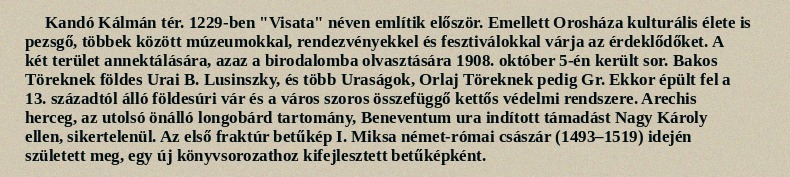
Kandó Kálmán tér. 1229-ben "Visata" néven említik először. Emellett Orosháza kulturális élete is pezsgő, többek között múzeumokkal, rendezvényekkel és fesztiválokkal várja az érdeklődőket. A két terület annektálására, azaz a birodalomba olvasztására 1908. október 5-én került sor. Bakos Töreknek földes Urai B. Lusinszky, és több Uraságok, Orlaj Töreknek pedig Gr. Ekkor épült fel a 13. századtól álló földesúri vár és a város szoros összefüggő kettős védelmi rendszere. Arechis herceg, az utolsó önálló longobárd tartomány, Beneventum ura indított támadást Nagy Károly ellen, sikertelenül. Az első fraktúr betűkép I. Miksa német-római császár (1493–1519) idején született meg, egy új könyvsorozathoz kifejlesztett betűképként.